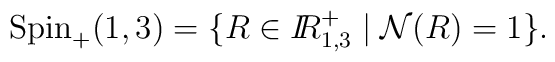
{\rm Spin}_{+}(1,3) = \{ R \in \mbox{${\sl  I\!\!R}$}_{1,3}^{+} \mid{\cal N}(R) = 1 \} .